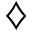
\diamondsuit